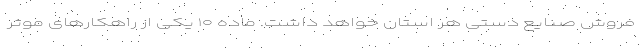
فروش صنایع دستی هر استان خواهد داشت. ماده ۱۰ یکی از راهکار‌های موثر